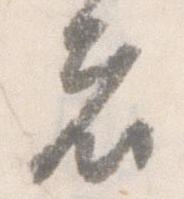
者